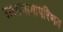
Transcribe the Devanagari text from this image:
सत्यभामापरिणय